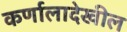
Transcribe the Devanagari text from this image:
कर्णालादेखील